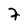
Character: 7